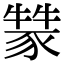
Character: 𤛚